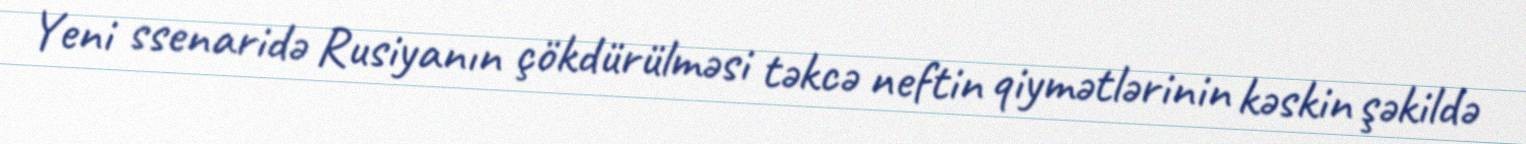
Yeni ssenaridə Rusiyanın çökdürülməsi təkcə neftin qiymətlərinin kəskin şəkildə